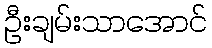
ဦးချမ်းသာအောင်